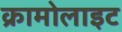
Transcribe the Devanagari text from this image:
क्रामोलाइट